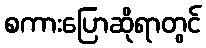
စကားပြောဆိုရာတွင်